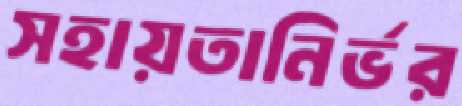
সহায়তানির্ভর